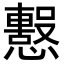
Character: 𢤙